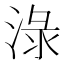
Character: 淥